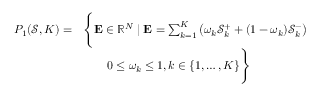
\begin{array} { r l } { P _ { 1 } ( \mathcal { S } , K ) = } & { \Bigg \{ \mathbf { E } \in \mathbb { R } ^ { N } \mid \mathbf { E } = \sum _ { k = 1 } ^ { K } \left( \omega _ { k } \mathcal { S } _ { k } ^ { + } + ( 1 - \omega _ { k } ) \mathcal { S } _ { k } ^ { - } \right) } \\ & { \qquad 0 \leq \omega _ { k } \leq 1 , k \in \{ 1 , \ldots , K \} \Bigg \} } \end{array}